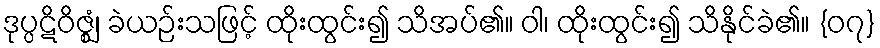
ဒုပ္ပဋိဝိဇ္ဈံ၊ ခဲယဉ်းသဖြင့် ထိုးထွင်း၍ သိအပ်၏။ ဝါ၊ ထိုးထွင်း၍ သိနိုင်ခဲ၏။ {၀၇}